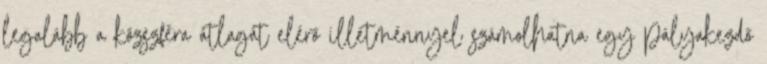
legalább a közszféra átlagát elérő illetménnyel számolhatna egy pályakezdő